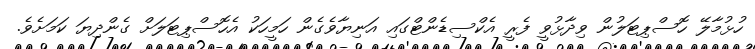
ހުޅުމާލޭ ހޮސްޕިޓަލުން ވިދާޅުވީ ފެރީ އެކްސިޑެންޓްގައި އަނިޔާވެގެން ހަމީހަކު އެހޮސްޕިޓަލަށް ގެންދިޔަ ކަމަށެވެ.